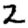
Digit: 2